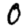
Digit: 0